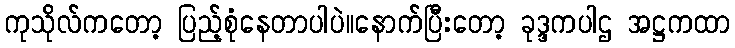
ကုသိုလ်ကတော့ ပြည့်စုံနေတာပါပဲ။နောက်ပြီးတော့ ခုဒ္ဒကပါဌ အဋ္ဌကထာ